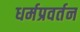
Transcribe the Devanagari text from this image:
धर्मप्रवर्तन